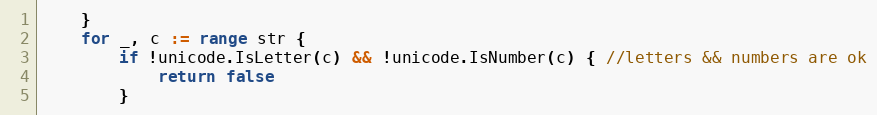
Language: Go
	}
	for _, c := range str {
		if !unicode.IsLetter(c) && !unicode.IsNumber(c) { //letters && numbers are ok
			return false
		}